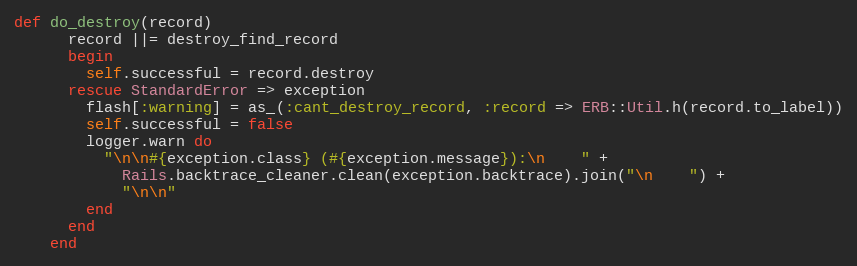
Language: Ruby
def do_destroy(record)
      record ||= destroy_find_record
      begin
        self.successful = record.destroy
      rescue StandardError => exception
        flash[:warning] = as_(:cant_destroy_record, :record => ERB::Util.h(record.to_label))
        self.successful = false
        logger.warn do
          "\n\n#{exception.class} (#{exception.message}):\n    " +
            Rails.backtrace_cleaner.clean(exception.backtrace).join("\n    ") +
            "\n\n"
        end
      end
    end